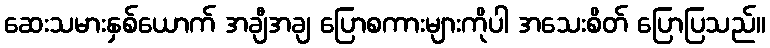
ဆေးသမားနှစ်ယောက် အချီအချ ပြောစကားများကိုပါ အသေးစိတ် ပြောပြသည်။